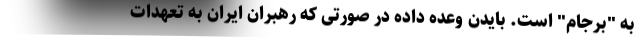
به "برجام" است. بایدن وعده داده در صورتی که رهبران ایران به تعهدات